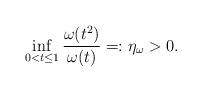
LaTeX: \begin{align*}\inf_{0< t\leq 1}\frac{\omega(t^2)}{\omega(t)}=:\eta_\omega>0.\end{align*}